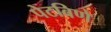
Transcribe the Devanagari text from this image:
पेटविणे